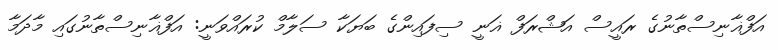
އަފްޣާނިސްތާނުގެ ރައީސް އަޝްރަފް ޣަނީ ސިފައިންގެ ބަޔަކާ ސަލާމް ކުރައްވަނީ: އަފްޣާނިސްތާނުގައި މާދަމާ